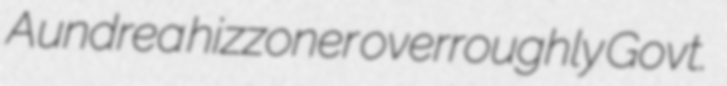
Aundrea hizzoner overroughly Govt.